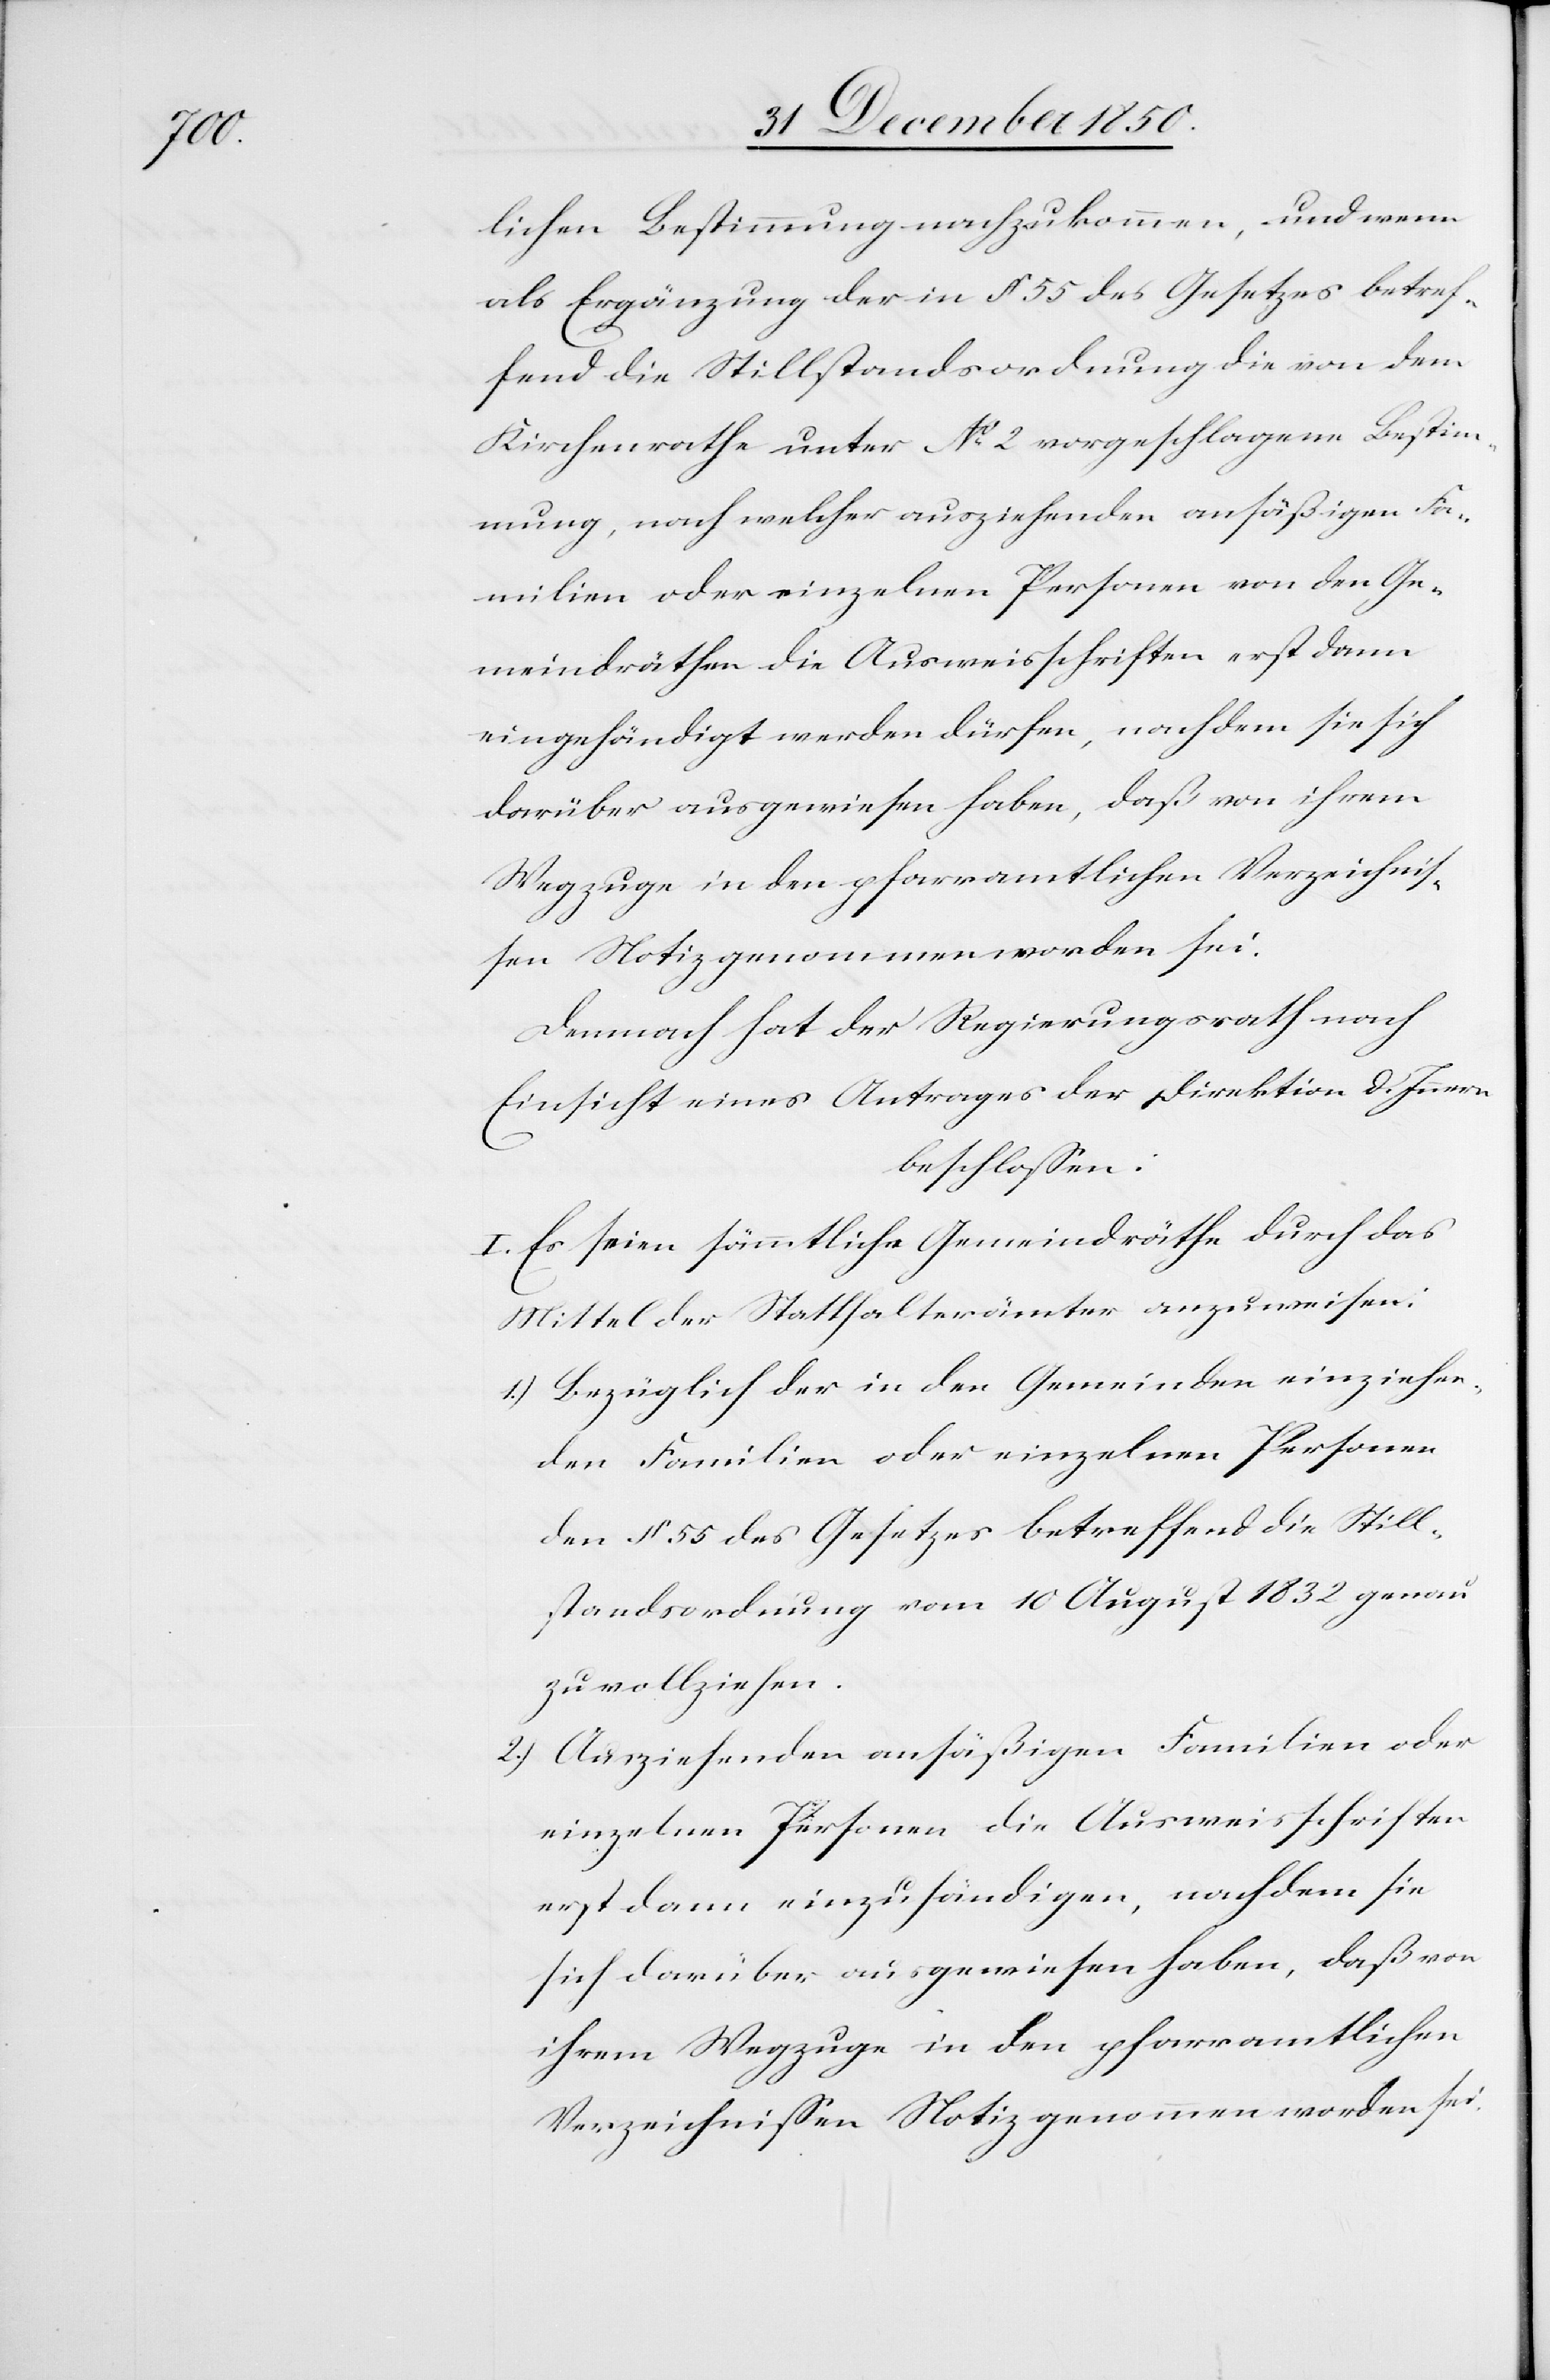
lichen Bestimmung nachzukommen, und wenn
als Ergänzung der in § 55 des Gesetzes betref¬
fend die Stillstandsordnung die von dem
Kirchenrathe unter No 2 vorgeschlagene Bestim¬
mung, nach welcher ausziehenden ansäßigen Fa¬
milien oder einzelnen Personen von den Ge¬
meindräthen die Ausweisschriften erst dann
eingehändigt werden dürfen, nachdem sie sich
darüber ausgewiesen haben, daß von ihrem
Wegzuge in den pfarramtlichen Verzeichnis¬
sen Notiz genommen worden sei.
Demnach hat der Regierungsrath nach
Einsicht eines Antrages der Direktion d. Innern
beschlossen:
I. Es seien sämmtliche Gemeindräthe durch das
Mittel der Statthalterämter anzuweisen:
1.) Bezüglich der in den Gemeinden einzuziehen¬
den Familien oder einzelnen Personen
den § 55 des Gesetzes betreffend die Still¬
standsordnung vom 10 August 1832 genau
zu vollziehen.
2.) Ausziehenden ansäßigen Familien oder
einzelnen Personen die Ausweisschriften
erst dann einzuhändigen, nachdem sie
sich darüber ausgewiesen haben, daß von
ihrem Wegzuge in den pfarramtlichen
Verzeichnissen Notiz genommen worden sei.